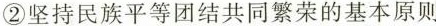
②坚持民族平等团结共同繁荣的基本原则